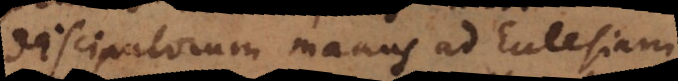
discipulorum manus ad Ecclesiam